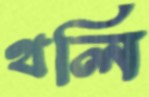
থলি